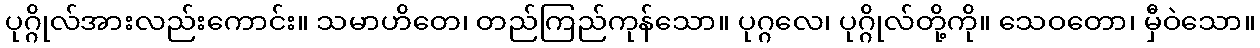
ပုဂ္ဂိုလ်အားလည်းကောင်း။ သမာဟိတေ၊ တည်ကြည်ကုန်သော။ ပုဂ္ဂလေ၊ ပုဂ္ဂိုလ်တို့ကို။ သေဝတော၊ မှီဝဲသော။